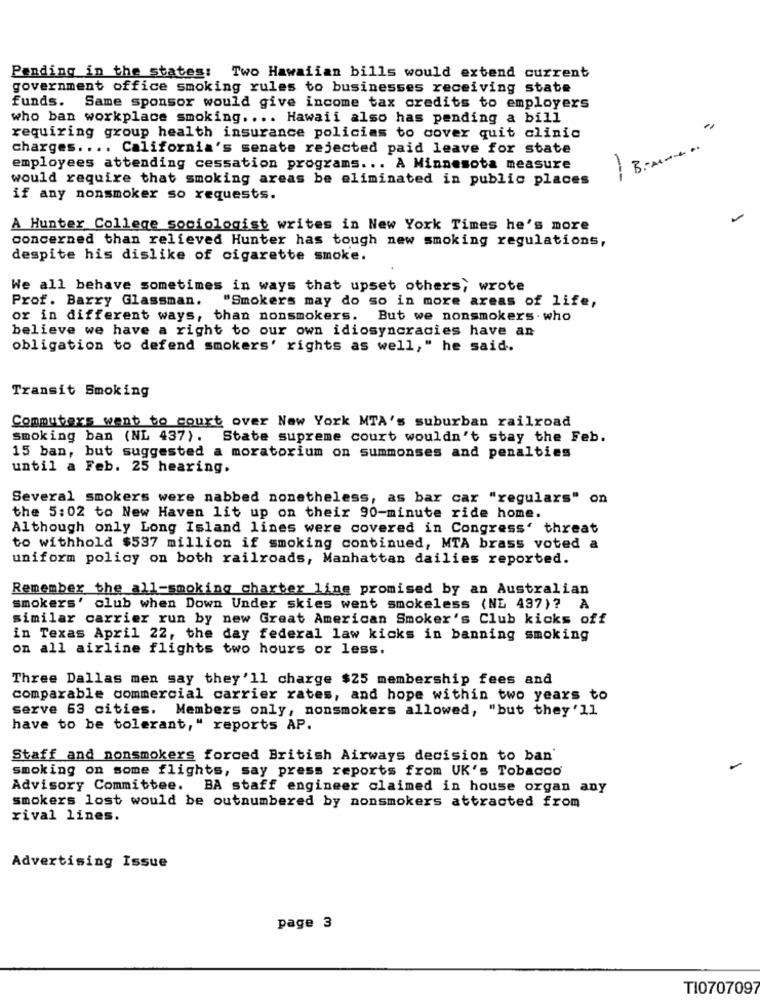
Pending in the states: Two Hawaiian bills would extend current
government office smoking rules to businesses receiving state
funds. Same sponsor would give income tax credits to employers
who ban workplace smoking .... Hawaii also has pending a bill
requiring group health insurance policias to cover quit clinic
charges .... California's senate rejected paid leave for state
employees attending cessation programs ... A Minnesota measure
No
would require that smoking areas be eliminated in public places
if any nonsmoker so requests.
A Hunter College sociologist writes in New York Times he's more
concerned than relieved Hunter has tough new smoking regulations,
despite his dislike of cigarette smoke.
We all behave sometimes in ways that upset others, wrote
Prof. Barry Glassman.
"Smokers may do so in more areas of life,
or in different ways, than nonsmokers. But we nonsmokers . who
believe we have a right to our own idiosyncracies have an
obligation to defend smokers' rights as well," he said.
Transit Smoking
Commuters went to court over New York MTA's suburban railroad
smoking ban (NL 437). State supreme court wouldn't stay the Feb.
15 ban, but suggested a moratorium on summonses and penalties
until a Feb. 25 hearing.
Several smokers were nabbed nonetheless, as bar car "regulars" on
the 5:02 to New Haven lit up on their 90-minute ride home.
Although only Long Island lines were covered in Congress' threat
to withhold $537 million if smoking continued, MTA brass voted a
uniform policy on both railroads, Manhattan dailies reported.
Remember the all-smoking charter ling promised by an Australian
smokers' club when Down Under skies went smokeless (NL 437)? A
similar carrier run by new Great American Smoker's Club kicks off
in Texas April 22, the day federal law kicks in banning smoking
on all airline flights two hours or less.
Three Dallas men say they'll charge $25 membership fees and
comparable commercial carrier rates, and hope within two years to
serve 63 cities. Members only, nonsmokers allowed, "but they'll
have to be tolerant," reports AP.
Staff and nonsmokers forced British Airways decision to ban'
smoking on some flights, say press reports from UK's Tobacco
Advisory Committee. BA staff engineer claimed in house organ any
smokers lost would be outnumbered by nonsmokers attracted from
rival lines.
Advertising Issue
page 3
TI0707097